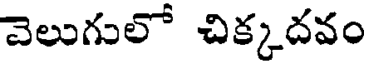
వెలుగులో చిక్కదవం